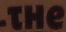
THe